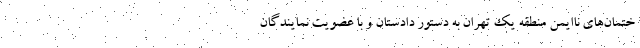
ختمان‌های ناایمن منطقه یک تهران به دستور دادستان و با عضویت نمایندگان